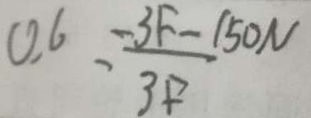
0 . 6 = \frac { 3 F - 1 5 0 N } { 3 F }